画像に写った文字を読んでください
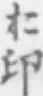
「た印」と書いてあります